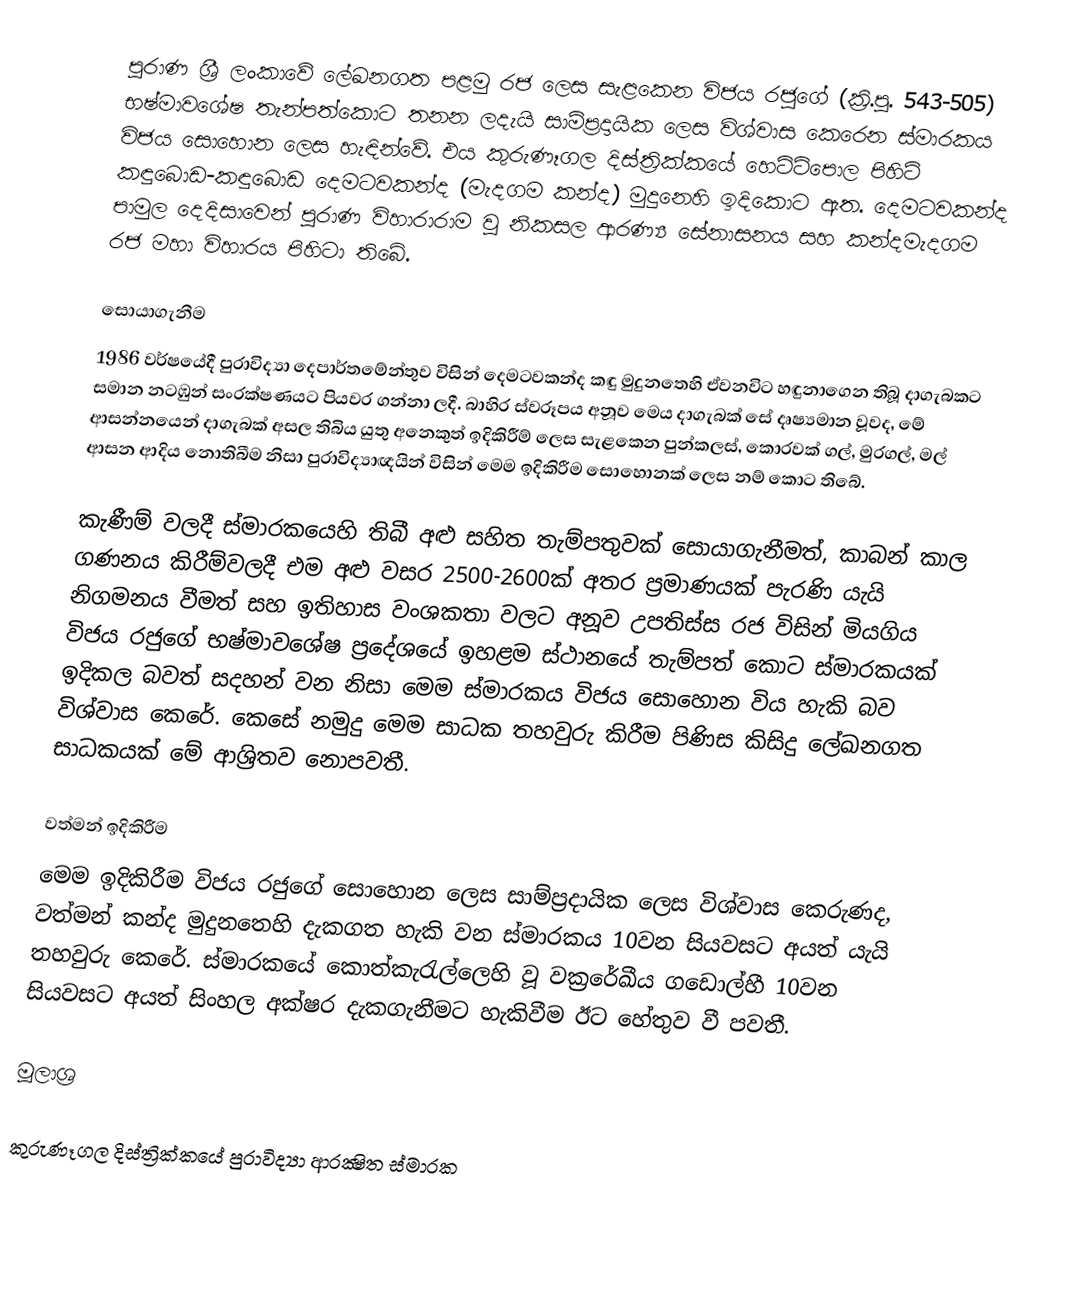
පුරාණ ශ්‍රී ලංකාවේ ලේඛනගත පළමු රජ ලෙස සැළකෙන විජය රජුගේ (ක්‍රි.පූ. 543-505) භෂ්මාවශේෂ තැන්පත්කොට තනන ලදැයි සාම්ප්‍රදායික ලෙස විශ්වාස කෙරෙන ස්මාරකය විජය සොහොන ලෙස හැඳින්වේ. එය කුරුණෑගල දිස්ත්‍රික්කයේ හෙට්ටිපොල පිහිටි කඳුබොඩ-කඳුබොඩ දෙමටවකන්ද (මැදගම කන්ද) මුදුනෙහි ඉදිකොට ඇත. දෙමටවකන්ද පාමුල දෙදිසාවෙන් පුරාණ විහාරාරාම වූ නිකසල ආරණ්‍ය සේනාසනය සහ කන්දමැදගම රජ මහා විහාරය පිහිටා තිබේ.

සොයාගැනීම
1986 වර්ෂයේදී පුරාවිද්‍යා දෙපාර්තමේන්තුව විසින් දෙමටවකන්ද කඳු මුදුනතෙහි ඒවනවිට හඳුනාගෙන තිබූ දාගැබකට සමාන නටඹුන් සංරක්ෂණයට පියවර ගන්නා ලදී. බාහිර ස්වරූපය අනූව මෙය දාගැබක් සේ දෘෂ්‍යමාන වූවද, මේ ආසන්නයෙන් දාගැබක් අසල තිබිය යුතු අනෙකුත් ඉදිකිරීම් ලෙස සැළකෙන පුන්කලස්, කොරවක් ගල්, මුරගල්, මල් ආසන ආදිය නොතිබීම නිසා පුරාවිද්‍යාඥයින් විසින් මෙම ඉදිකිරීම සොහොනක් ලෙස නම් කොට තිබේ.

කැණීම් වලදී ස්මාරකයෙහි තිබී අළු සහිත තැම්පතුවක් සොයාගැනීමත්, කාබන් කාල ගණනය කිරීම්වලදී එම අළු වසර 2500-2600ක් අතර ප්‍රමාණයක් පැරණි යැයි නිගමනය වීමත් සහ ඉතිහාස වංශකතා වලට අනූව උපතිස්ස රජ විසින් මියගිය විජය රජුගේ භෂ්මාවශේෂ ප්‍රදේශයේ ඉහළම ස්ථානයේ තැම්පත් කොට ස්මාරකයක් ඉදිකල බවත් සදහන් වන නිසා මෙම ස්මාරකය විජය සොහොන විය හැකි බව විශ්වාස කෙරේ. කෙසේ නමුදු මෙම සාධක තහවුරු කිරීම පිණිස කිසිදු ලේඛනගත සාධකයක් මේ ආශ්‍රිතව නොපවතී.

වත්මන් ඉදිකිරීම
මෙම ඉදිකිරීම විජය රජුගේ සොහොන ලෙස සාම්ප්‍රදායික ලෙස විශ්වාස කෙරුණද, වත්මන් කන්ද මුදුනතෙහි දැකගත හැකි වන ස්මාරකය 10වන සියවසට අයත් යැයි තහවුරු කෙරේ. ස්මාරකයේ කොත්කැරැල්ලෙහි වූ වක්‍රරේඛීය ගඩොල්හී 10වන සියවසට අයත් සිංහල අක්ෂර දැකගැනීමට හැකිවීම ඊට හේතුව වී පවතී.

මූලාශ්‍ර

කුරුණෑගල දිස්ත්‍රික්කයේ පුරාවිද්‍යා ආරක්‍ෂිත ස්මාරක